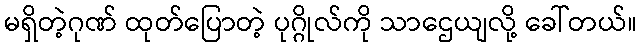
မရှိတဲ့ဂုဏ် ထုတ်ပြောတဲ့ ပုဂ္ဂိုလ်ကို သာဌေယျလို့ ခေါ်တယ်။